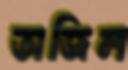
অজিল